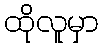
ထိုလူမှာ